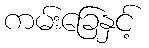
ကမ်းခြေနှင့်